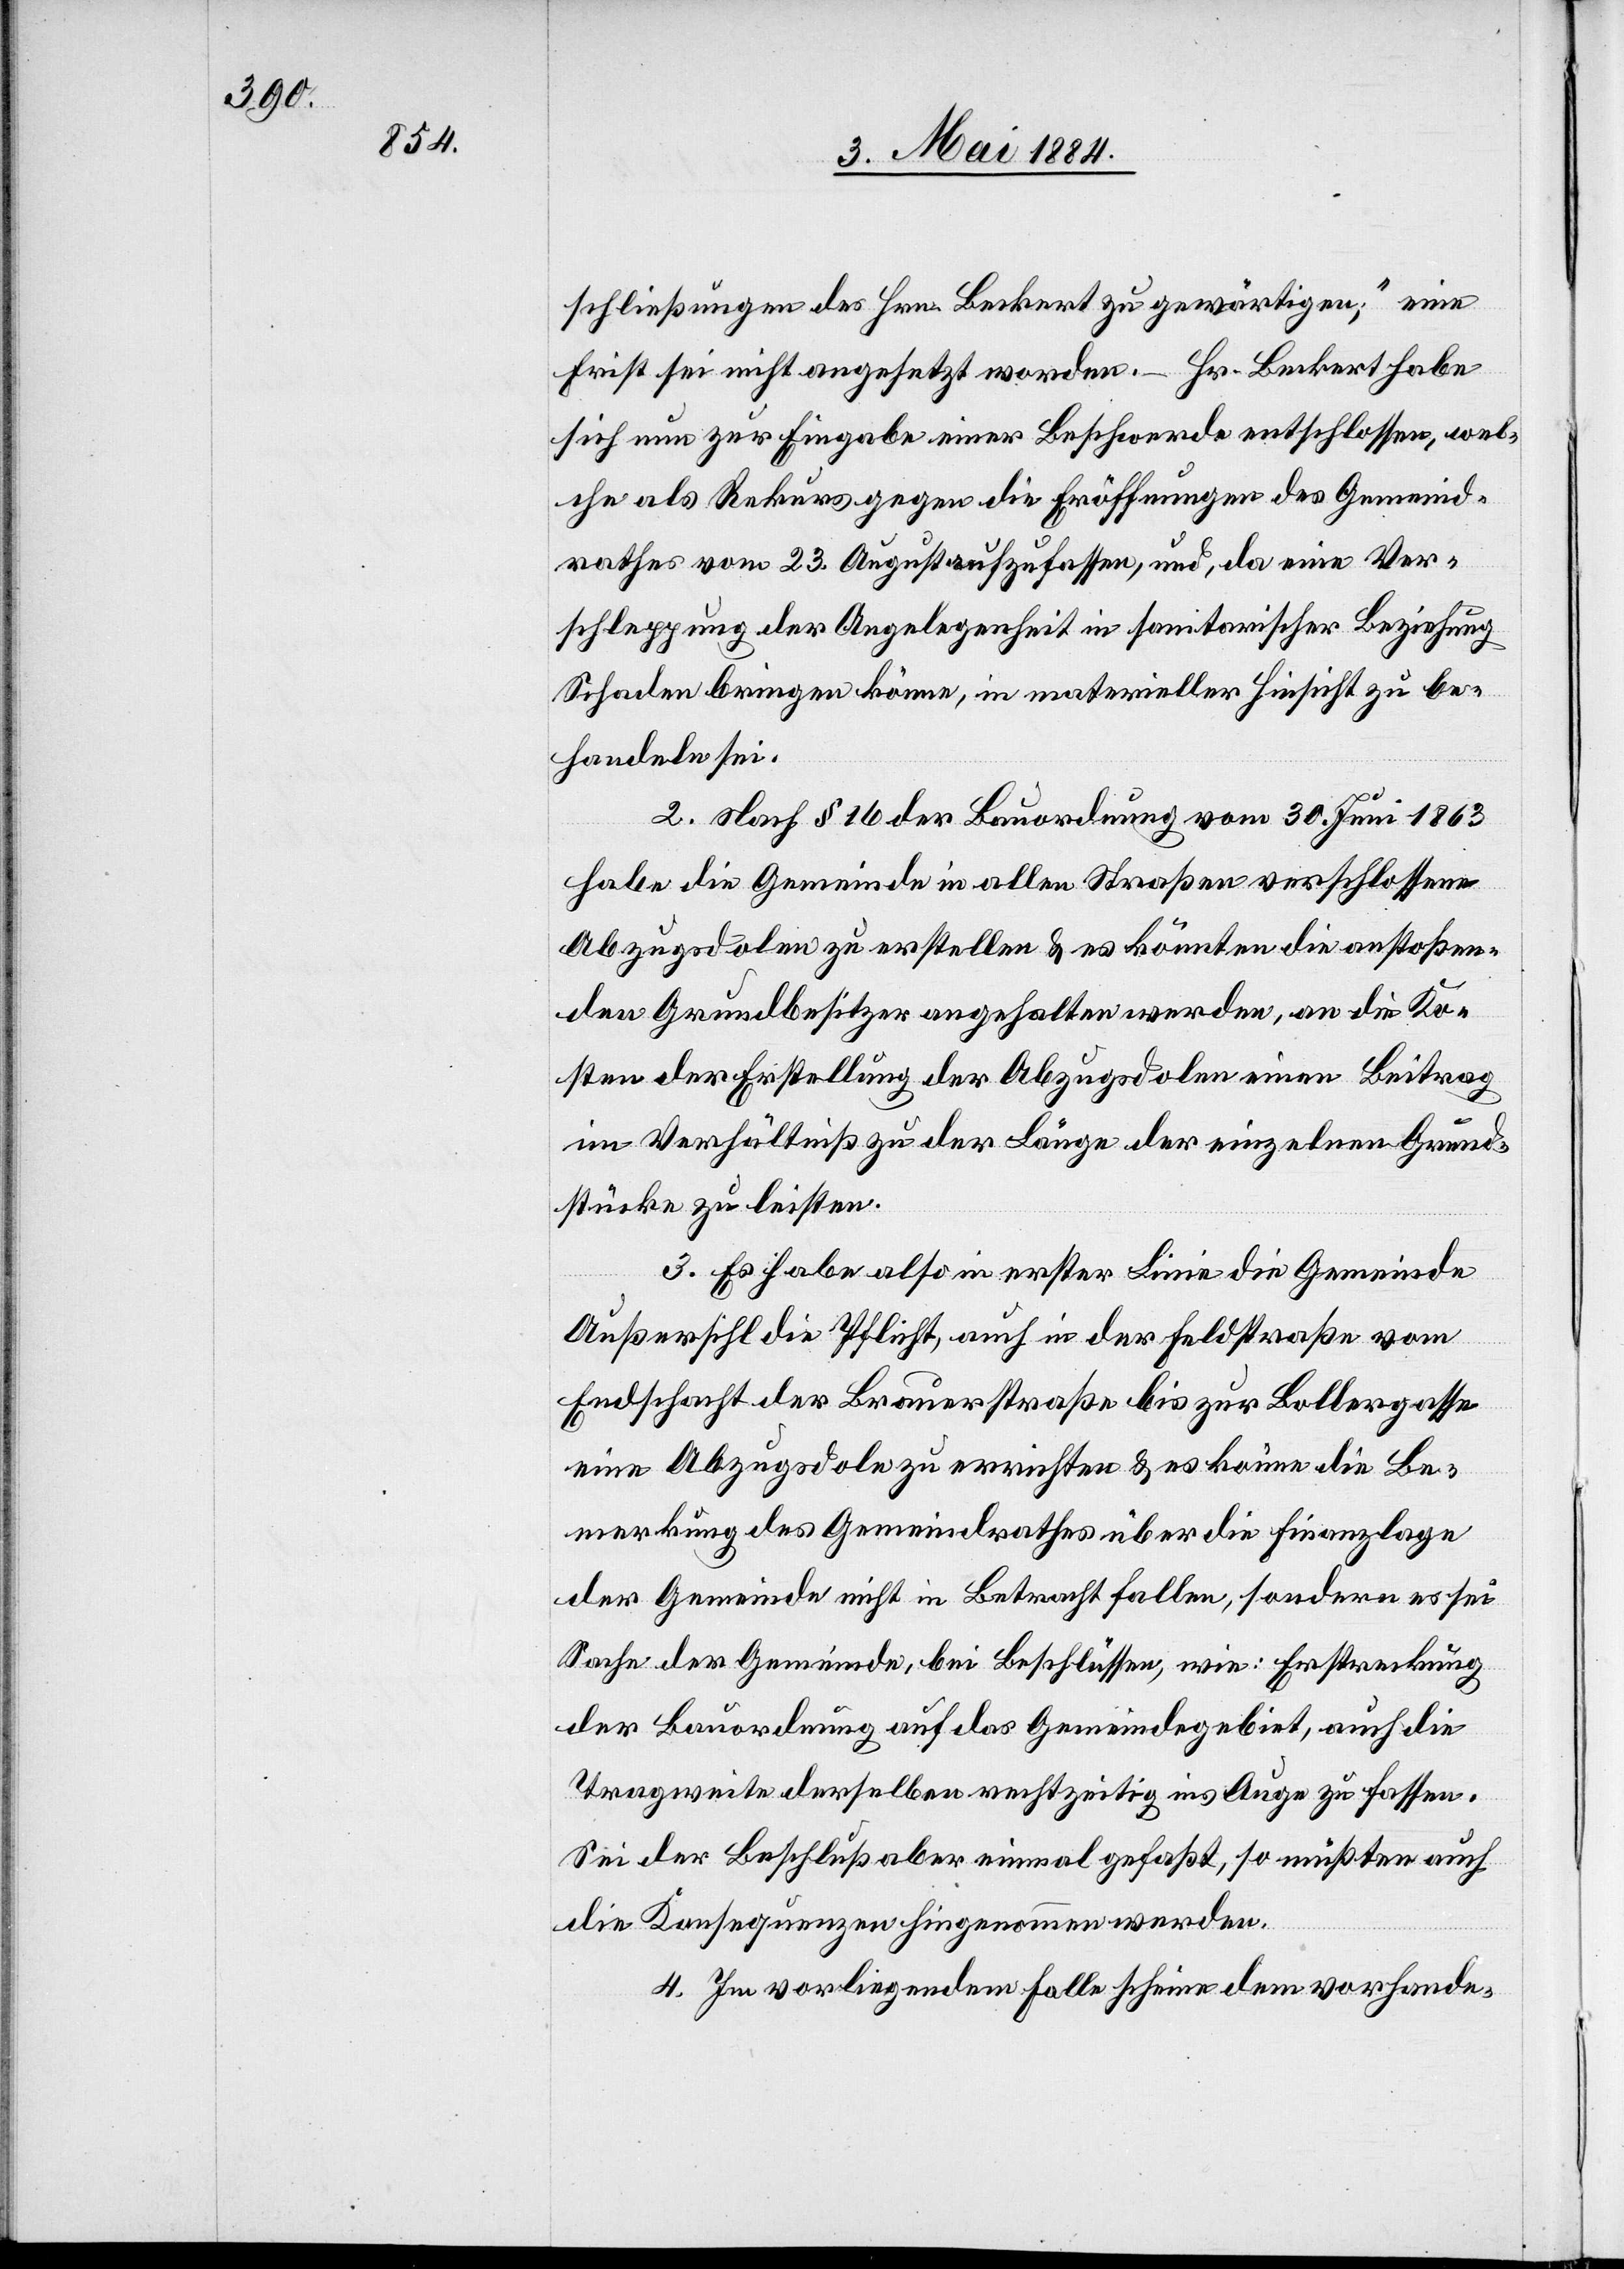
schließungen des Hrn. Beckert zu gewärtigen,“ eine
Frist sei nicht angesetzt worden. – Hr. Beckert habe
sich nun zur Eingabe einer Beschwerde entschlossen, wel¬
che als Rekurs gegen die Eröffnungen des Gemeind¬
rathes vom 23. August aufzufassen, und da eine Ver¬
schleppung der Angelegenheit in sanitarischer Beziehung
Schaden bringen könne, in materieller Hinsicht zu be¬
handeln sei.
2. Nach § 16 der Bauordnung vom 30. Juni 1863
habe die Gemeinde in allen Straßen verschlossene
Abzugsdolen zu erstellen & es könnten die anstoßen¬
den Grundbesitzer angehalten werden, an die Ko¬
sten der Erstellung der Abzugsdolen einen Beitrag
im Verhältniß zu der Länge der einzelnen Grund¬
stücke zu leisten.
3. Es habe also in erster Linie die Gemeinde
Außersihl die Pflicht, auch in der Feldstraße vom
Endschacht der Brauerstraße bis zur Bollergasse
eine Abzugsdole zu errichten & es könne die Be¬
merkung des Gemeindrathes über die Finanzlage
der Gemeinde nicht in Betracht fallen, sondern es sei
Sache der Gemeinde, bei Beschlüssen, wie: Erstreckung
der Bauordnung auf das Gemeindegebiet, auch die
Tragweite derselben rechtzeitig ins Auge zu fassen.
Sei der Beschluß aber einmal gefaßt, so müßte auch
die Konsequenz hingenommen werden.
4. Im vorliegenden Falle scheine dem vorhande-